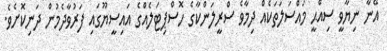
އޭނާ ނިޔާވީ ސިއްޙީ މައްސަލަތަކެއް ދިމާވެ ސްރީލަންކާގެ ހޮސްޕިޓަލެއްގެ އައިސީޔޫގައި ފަރުވާދެމުން ދަނިކޮށެވެ.